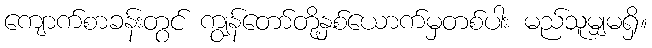
ကျောက်စာခန်းတွင် ကျွန်တော်တို့နှစ်ယောက်မှတစ်ပါး မည်သူမျှမရှိ။